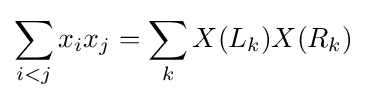
\sum _{i<j}x_{i}x_{j}=\sum _{k}X(L_{k})X(R_{k})